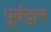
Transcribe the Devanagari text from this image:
पूर्वद्वार